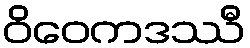
ဝိဝေကဒဿီ